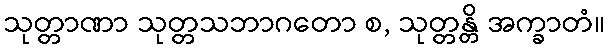
သုတ္တာဏာ သုတ္တသဘာဂတော စ, သုတ္တန္တိ အက္ခာတံ။